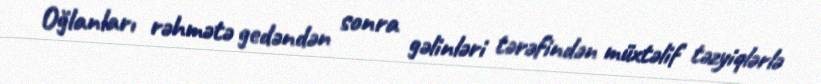
Oğlanları rəhmətə gedəndən sonra gəlinləri tərəfindən müxtəlif təzyiqlərlə